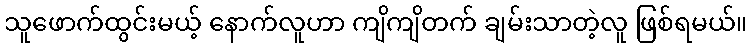
သူဖောက်ထွင်းမယ့် နောက်လူဟာ ကျိကျိတက် ချမ်းသာတဲ့လူ ဖြစ်ရမယ်။